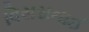
વિસરાનાઈ